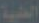
الطبية